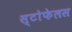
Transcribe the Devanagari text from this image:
स्टोफेलस